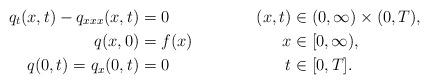
LaTeX: \begin{align*} q_t(x,t) - q_{xxx}(x,t) &= 0 & (x,t) &\in (0,\infty)\times(0,T), \\q(x,0) &= f(x) & x &\in [0,\infty), \\q(0,t) = q_x(0,t) &= 0 & t &\in [0,T].\end{align*}